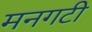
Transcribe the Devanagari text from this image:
मनगटी